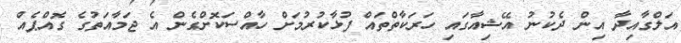
އަލްގާއިދާ އިން ދެކުނު އޭޝިއާގައި ހަރަކާތްތައް ފުޅާކުރުމަށް ހާއްސަކޮށްގެން އެ ޖަމާއަތުގެ ގޮއްޕެއް